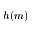
h ( m )